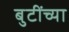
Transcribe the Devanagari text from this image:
बुटींच्या